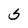
Character: S